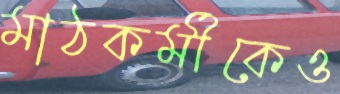
মাঠকর্মীকেও